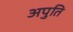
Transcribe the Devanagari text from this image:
अपुति